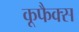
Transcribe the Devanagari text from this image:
कूफैक्स